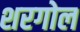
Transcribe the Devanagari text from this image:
शरगोल